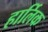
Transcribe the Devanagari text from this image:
हार्लिक